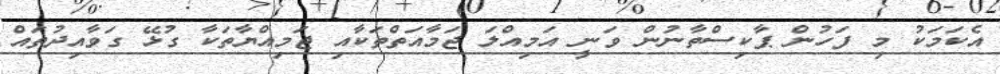
އެކަމަކު މި ފަހުން ޕާކިސްތާނުން ވަނީ އަމިއްލަ ޖަމާއަތްތަކާއި ޖަމިއްޔާތަކާ ގުޅޭ ގަވާއިދުތައް